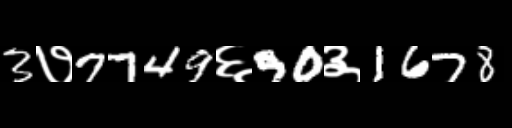
Text: 3७7749६90३1678